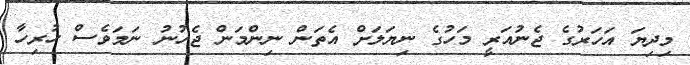
މިދިޔަ އަހަރުގެ ޖެނުއަރީ މަހުގެ ނިޔަލަށް އެތަން ނިންމަން ޖެހުނު ނަމަވެސް ހުރިހާ